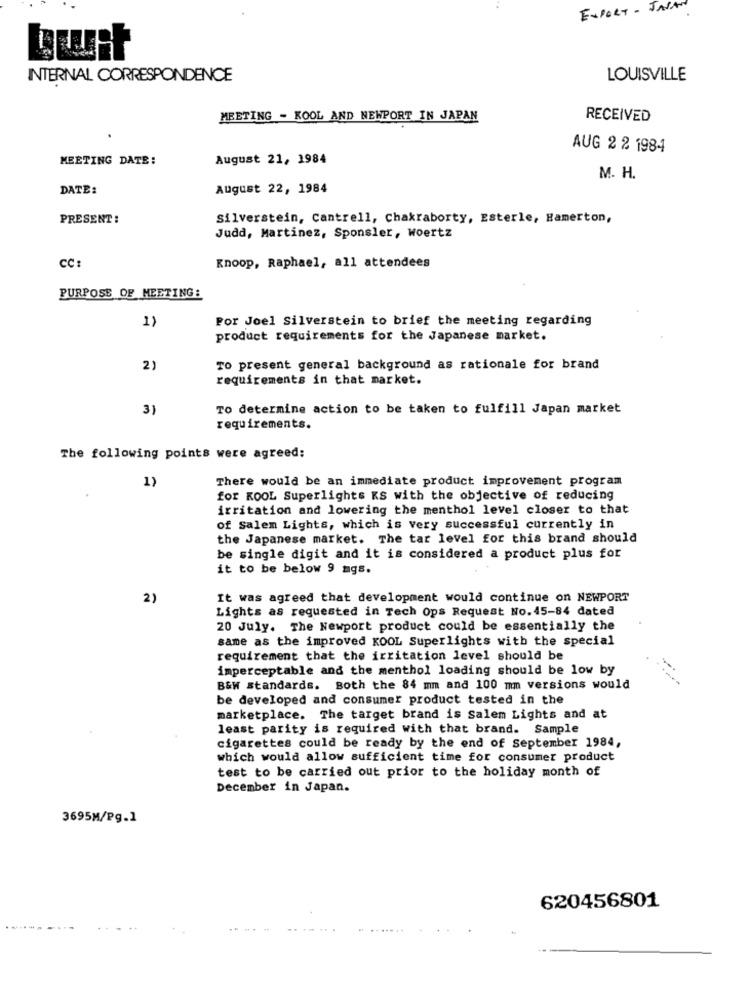
EXPORT - JAVAN
INTERNAL CORRESPONDENCE
LOUISVILLE
MEETING - KOOL AND NEWPORT IN JAPAN
RECEIVED
AUG 2 2 1984
MEETING DATE:
August 21, 1984
M. H.
DATE:
August 22, 1984
PRESENT :
Silverstein, Cantrell, Chakraborty, Esterle, Hamerton,
Judd, Martinez, Sponsler, woertz
Knoop, Raphael, all attendees
CC:
PURPOSE OF MEETING:
1)
Por Joel Silverstein to brief the meeting regarding
product requirements for the Japanese market.
2)
To present general background as rationale for brand
requirements in that market.
3)
TO determine action to be taken to fulfill Japan market
requirements.
The following points were agreed:
1)
There would be an immediate product improvement program
for KOOL Superlights KS with the objective of reducing
irritation and lowering the menthol level closer to that
of Salem Lights, which is very successful currently in
the Japanese market. The tar level for this brand should
be single digit and it is considered a product plus for
it to be below 9 mgs.
2)
It was agreed that development would continue on NEWPORT
Lights as requested in Tech Ops Request No.45-84 dated
20 July. The Newport product could be essentially the
same as the improved KOOL Superlights with the special
requirement that the irritation level should be
imperceptable and the menthol loading should be low by
B&W standards. Both the 84 mm and 100 mm versions would
be developed and consumer product tested in the
marketplace. The target brand is Salem Lights and at
least parity is required with that brand. Sample
cigarettes could be ready by the end of September 1984,
which would allow sufficient time for consumer product
test to be carried out prior to the holiday month of
December in Japan.
3695M/Pg.1
620456801